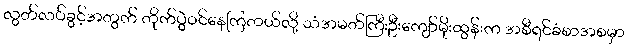
လွတ်လပ်ခွင့်အတွက် တိုက်ပွဲဝင်နေကြတယ်လို့ သံအမတ်ကြီးဦးကျော်မိုးထွန်းက အစီရင်ခံစာအစမှာ